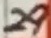
Text: 29